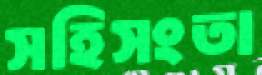
সহিসংতা